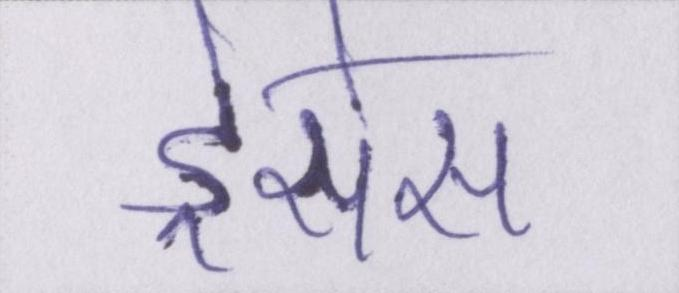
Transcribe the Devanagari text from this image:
ड्रेसेस